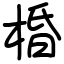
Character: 棔